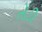
તોડી